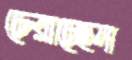
চেরাচ্ছেন